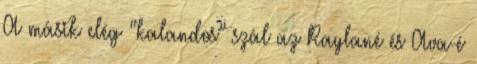
A másik elég “kalandos” szál az Raylané és Ava-é